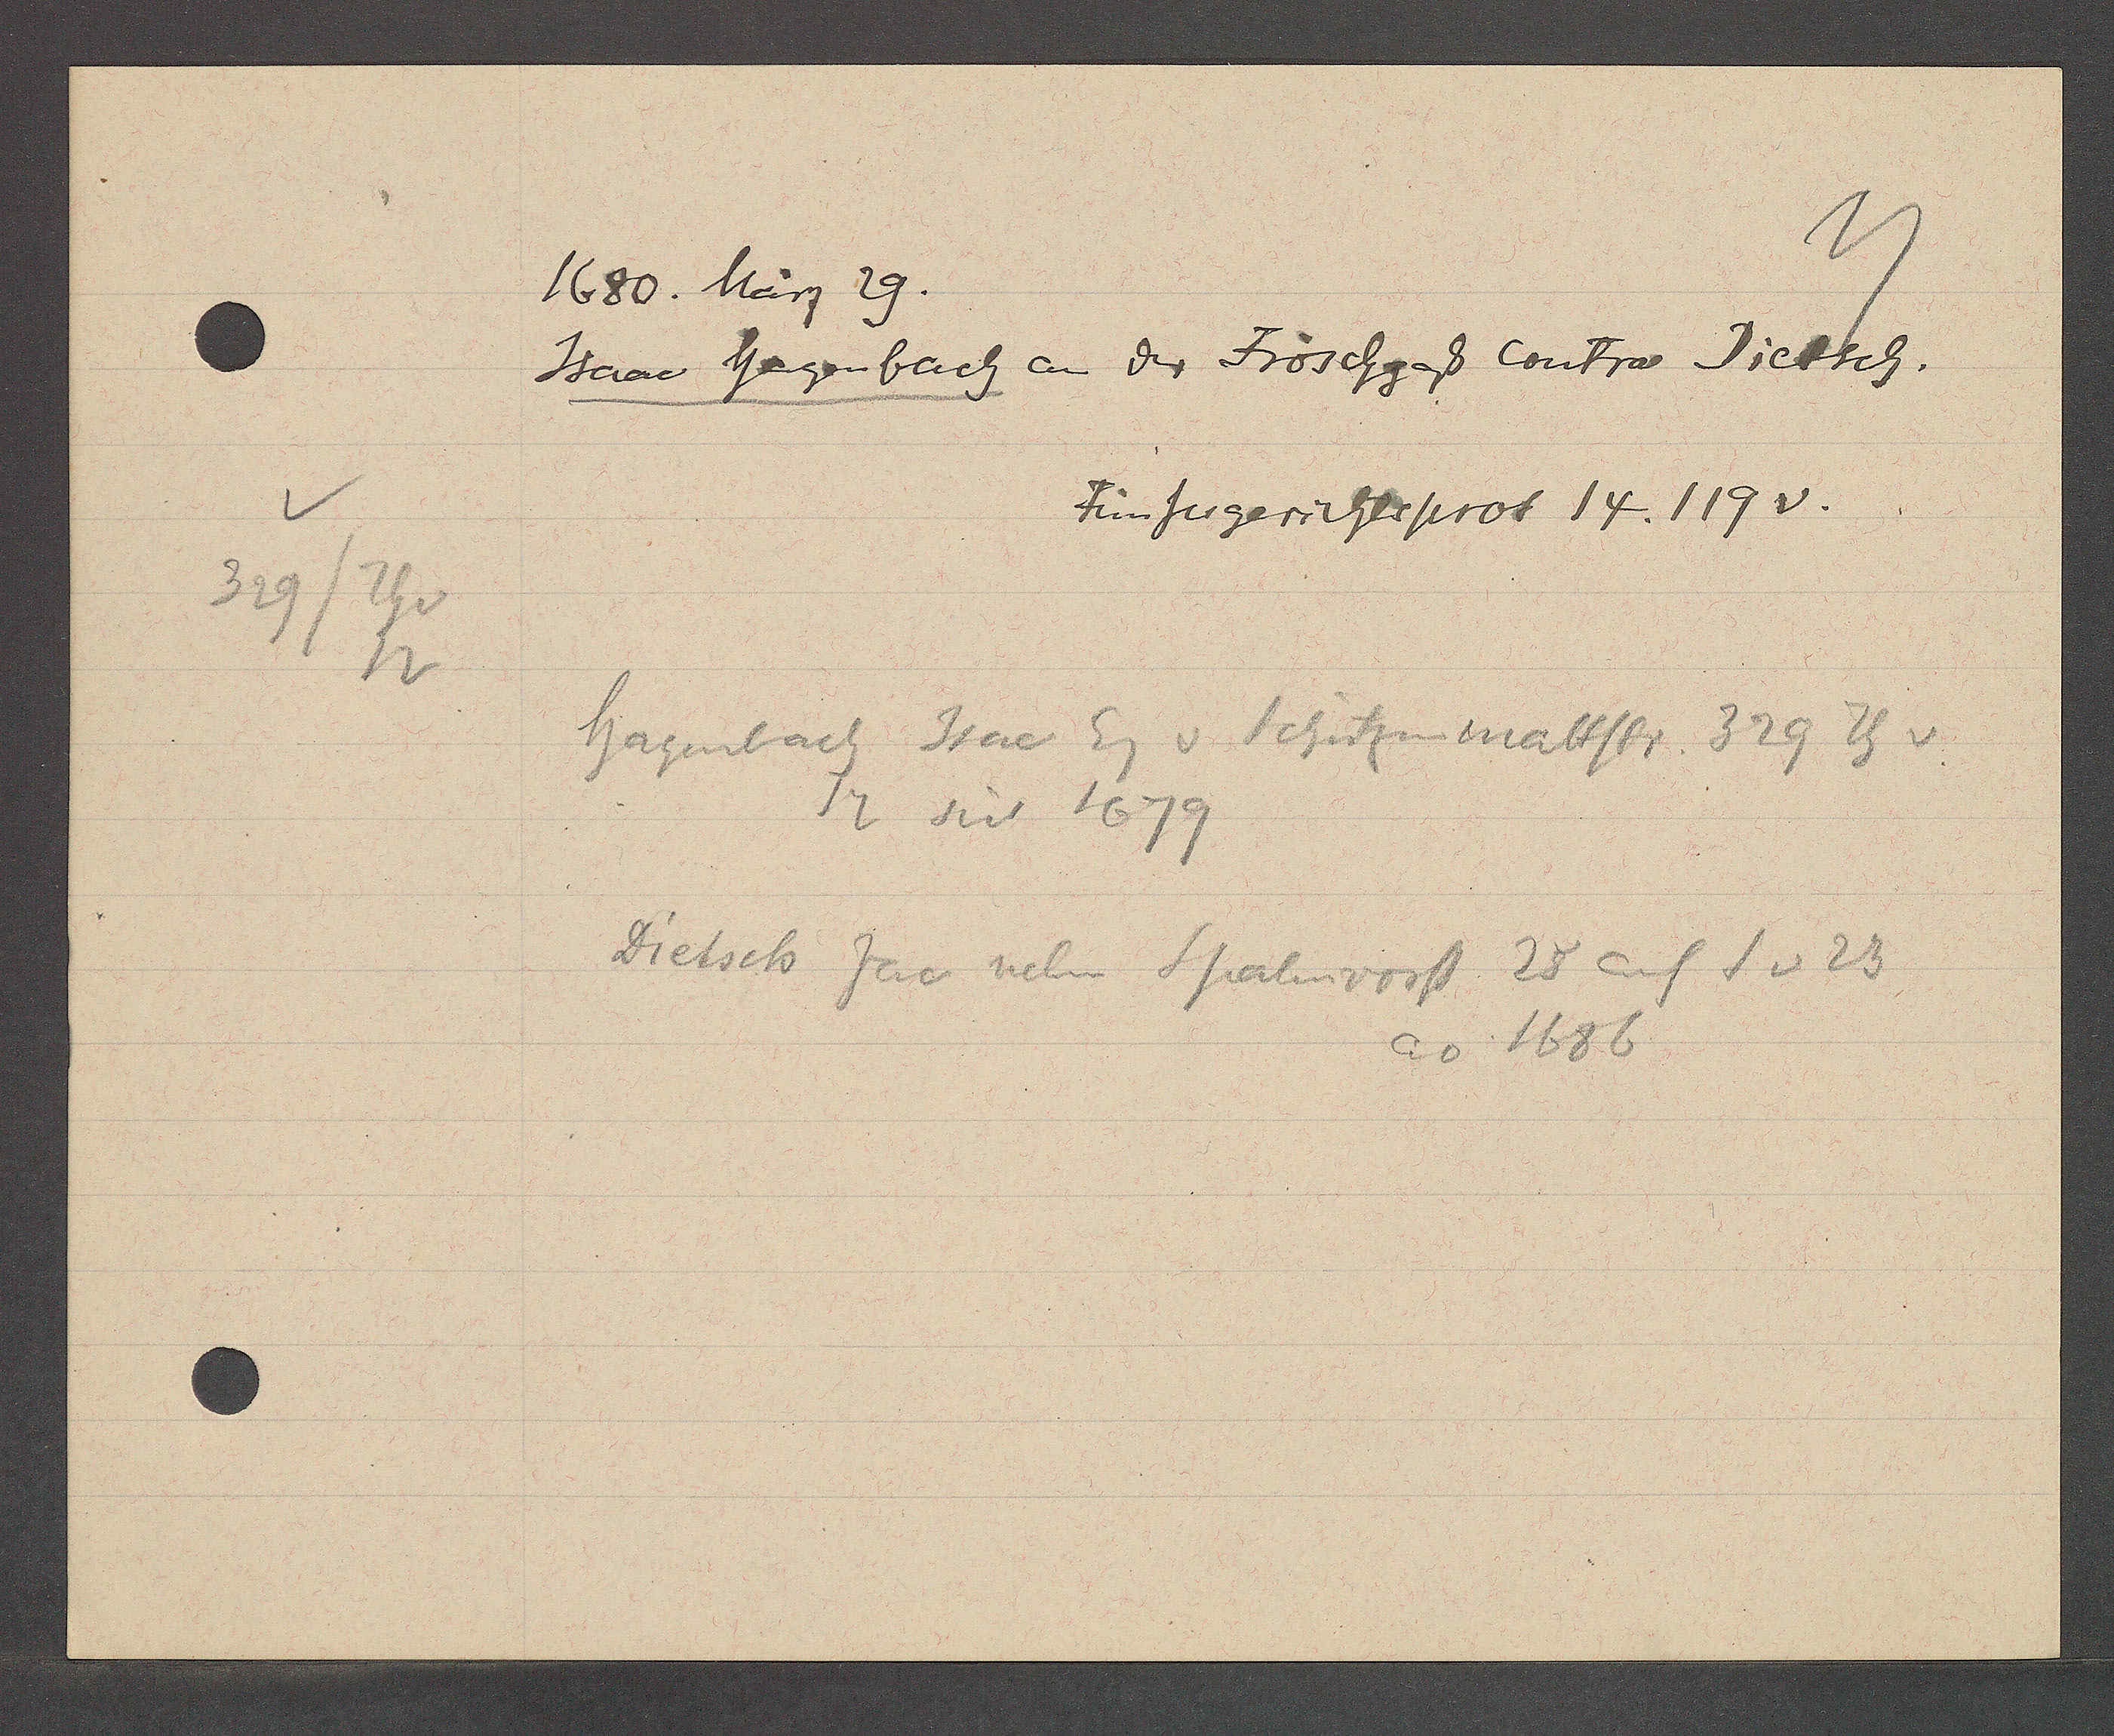
Transcript:
329/ Th v
12

1680. März 29.

Isaac Hegenbach an der Fröschgass Contra Dietsch.

Fünfergerichtsprot 14. 119 v.

Hagenbach Isac Eg v Schützenmattstr. 329 Th v
Dietsch Jac neben Spalenvorst 25 auf S v 23
12 seit 1679
ao 1686